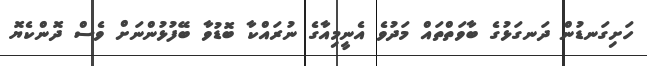
ހަށިގަނޑުން ދަނގަޅުގެ ބާވަތްތައް މަދުވެ އެނީމިއާގެ ނުރައްކާ ބޮޑުވާ ބޭފުޅުންނަށް ވެސް ދޮންކެޔޮ